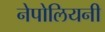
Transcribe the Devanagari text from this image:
नेपोलियनी